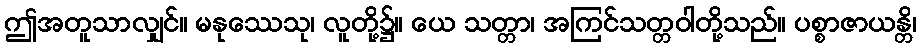
ဤအတူသာလျှင်။ မနုဿေသု၊ လူတို့၌။ ယေ သတ္တာ၊ အကြင်သတ္တဝါတို့သည်။ ပစ္စာဇာယန္တိ၊